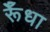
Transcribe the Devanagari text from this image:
र्रूँधा